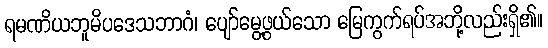
ရမဏိယဘူမိပဒေသဘာဂံ၊ ပျော်မွေ့ဖွယ်သော မြေကွက်ရပ်အဘို့လည်းရှိ၏။